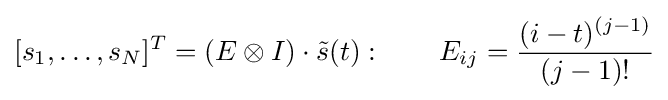
[s_{1},\dots ,s_{N}]^{T}=(E\otimes I)\cdot {\tilde {s}}(t):\qquad E_{ij}={\frac {(i-t)^{(j-1)}}{(j-1)!}}